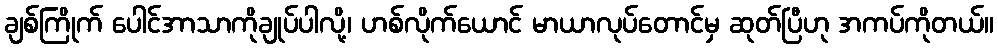
ချစ်ကြိုက် ပေါင်အာသာကိုချုပ်ပါလို့၊ ဟစ်လိုက်ယောင် မာယာလုပ်တောင်မှ ဆုတ်ပြီဟု အကပ်ကိုတယ်။